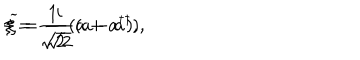
\xi = \frac { 1 } { \sqrt { 2 } } ( a + a ^ { \dagger } ) , \hspace { 1 . 0 i n } { \widetilde \xi } = \frac { i } { \sqrt { 2 } } ( a - a ^ { \dagger } ) ,